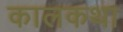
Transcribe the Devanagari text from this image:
कालकथा